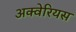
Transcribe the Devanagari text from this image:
अक्वेरियस